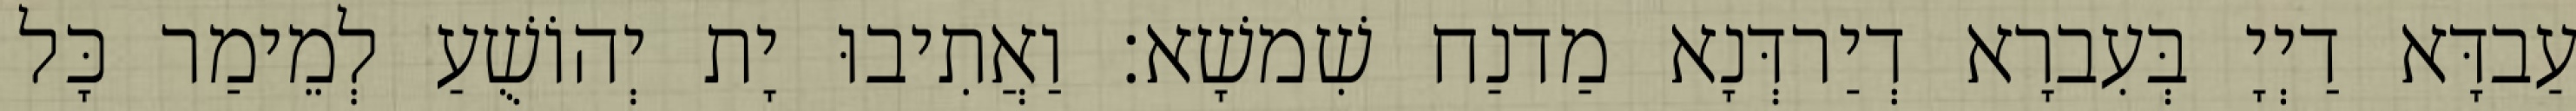
עַבדָּא דַיְיָ בְּעִברָא דְיַרדְּנָא מַדנַח שִׁמשָׁא׃ וַאֲתִיבוּ יָת יְהוֹשֻׁעַ לְמֵימַר כָּל